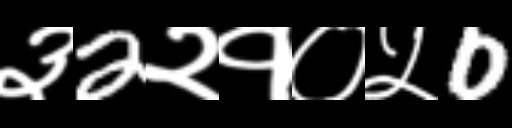
Text: ३2२१०५0